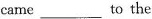
came ___ to the